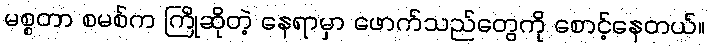
မစ္စတာ စမစ်က ကြိုဆိုတဲ့ နေရာမှာ ဖောက်သည်တွေကို စောင့်နေတယ်။